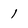
Character: 1